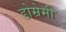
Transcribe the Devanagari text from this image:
डोम्रेमी